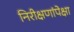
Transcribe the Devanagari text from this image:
निरीक्षणांपेक्षा